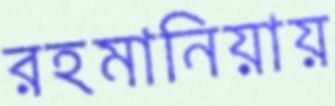
রহমানিয়ায়